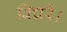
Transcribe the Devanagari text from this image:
विचरें।